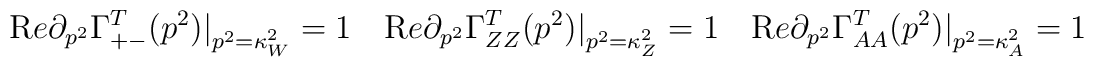
{\mathrm Re}\partial _{p^2}\Gamma^T_{+-} (p^2)\big|_{p^2  = \kappa_W^2} = 1 \quad{\mathrm Re}\partial _{p^2}\Gamma^T_{ZZ} (p^2)\big|_{p^2  = \kappa_Z^2} = 1 \quad{\mathrm Re}\partial _{p^2}\Gamma^T_{AA} (p^2)\big|_{p^2  = \kappa_A^2} = 1